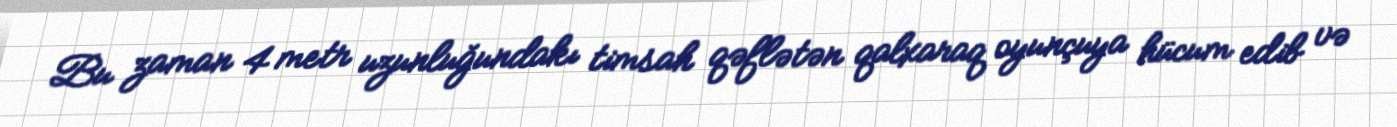
Bu zaman 4 metr uzunluğundakı timsah qəflətən qalxaraq oyunçuya hücum edib və